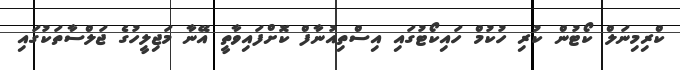
ކްރިމިނަލް ކޯޓުން ކުރި ހުކުމް ހައިކޯޓުގައި އިސްތިއުނާފް ކޮށްފައިވާތީ އޭނާ މަޖިލީހުގެ ޖަލްސާތަކުގައި